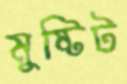
মুষ্টিট